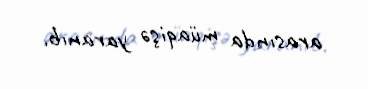
arasında müaqişə yaranıb.